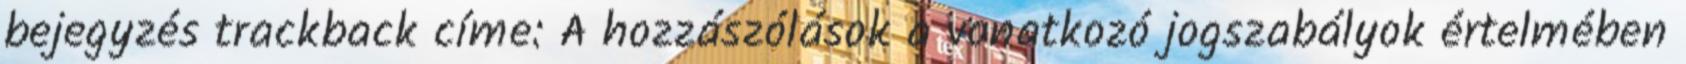
bejegyzés trackback címe: A hozzászólások a vonatkozó jogszabályok értelmében